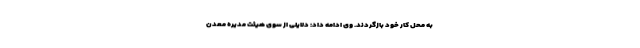
به محل کار خود بازگردند. وی ادامه داد: دلایلی از سوی هیئت ‌مدیره معدن